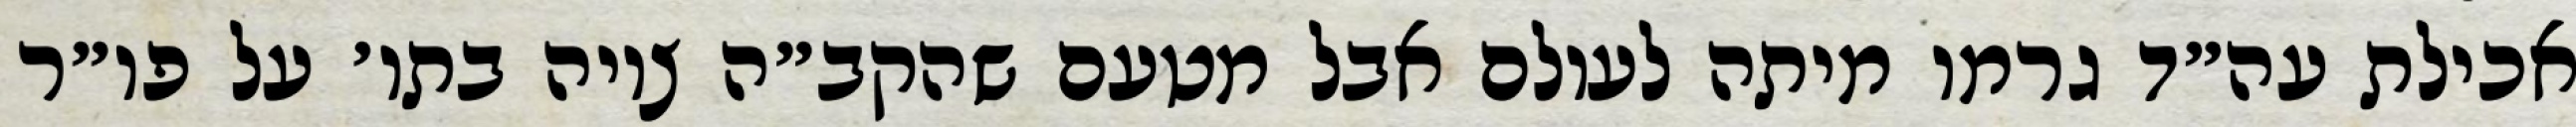
אכילת עה״ד גרמו מיתה לעולם אבל מטעם שהקב״ה ציוה בתו׳ על פו״ר